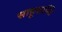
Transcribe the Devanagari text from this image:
साहूशान्ति